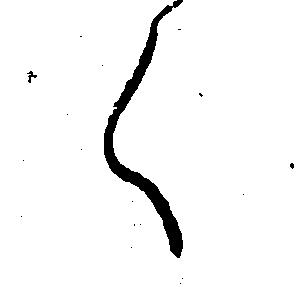
く